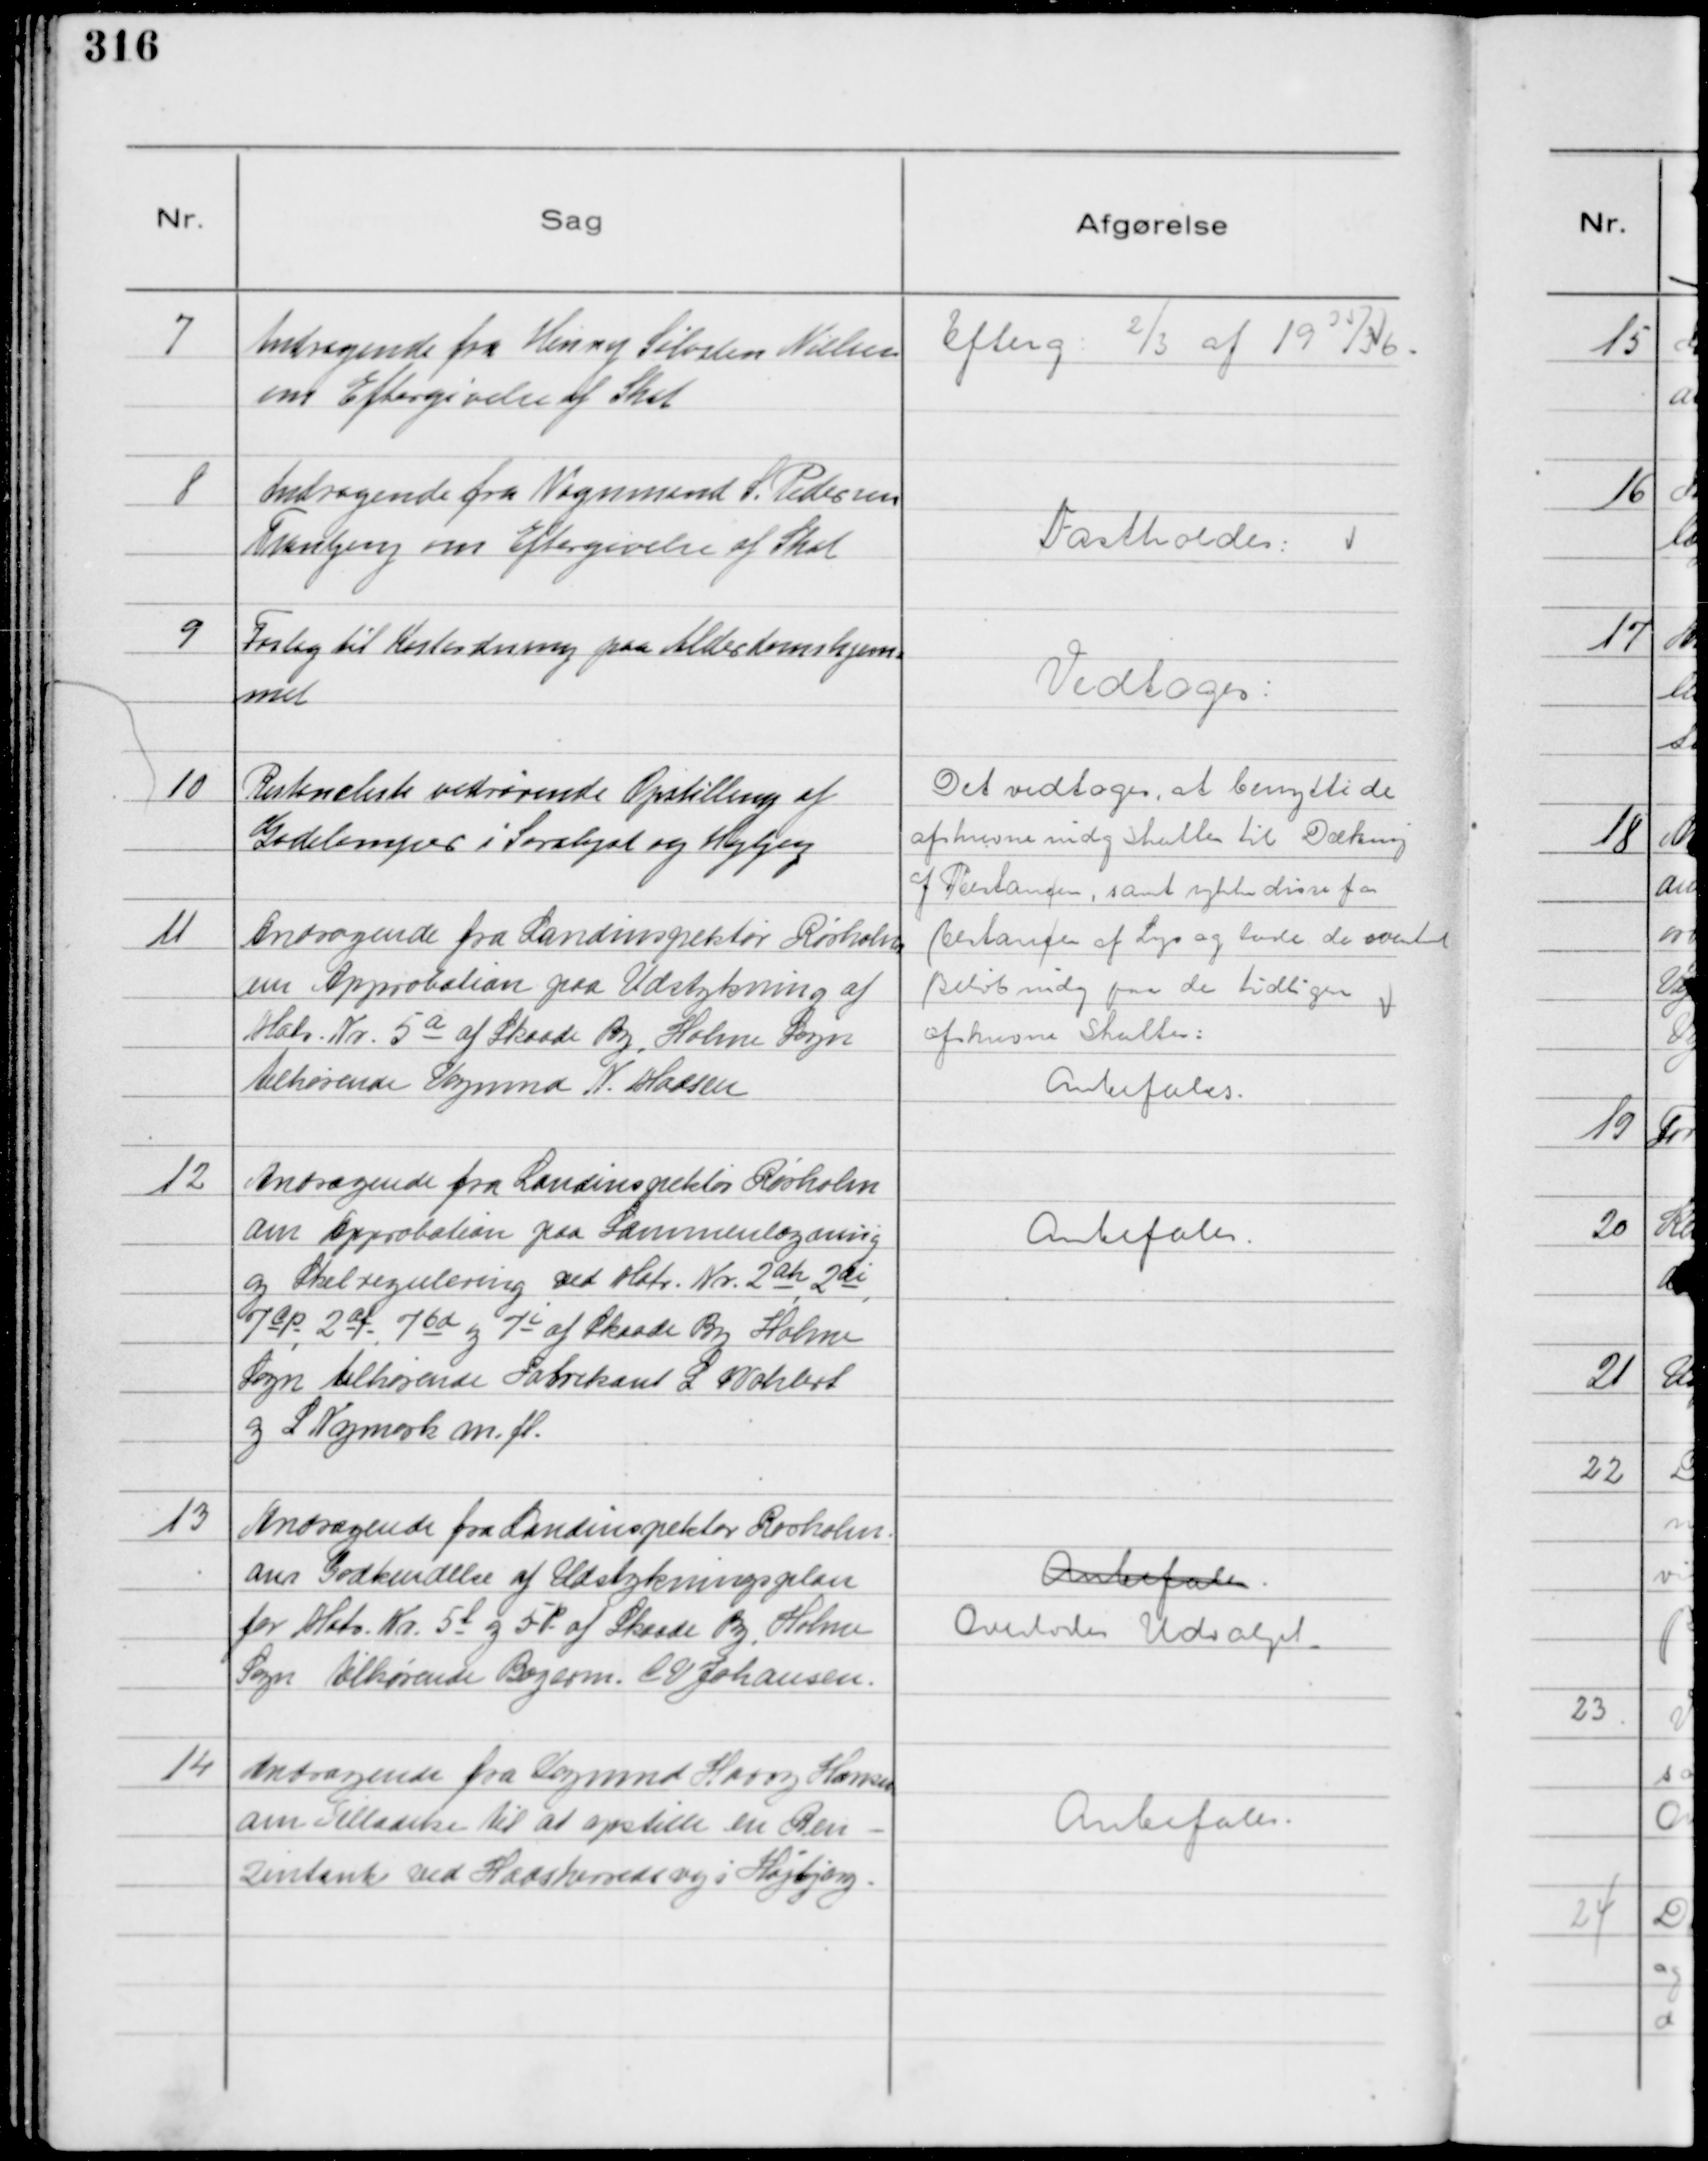
Transskription:
7
Andragende fra Henny Sølvsten Nielsen
om Eftergivelse af Skat

Efterg. ⅔ af 1935/36

8
Andragende fra Vognmand S. Pedersen
Tranbjerg om Eftergivelse af Skat

Fastholdes.

9
Foslag til Kostordning paa Alderdomshjem=
met

Vedtoges:,

10
Resteneliste vedrørende Opstilling af
Gadelamper i Saralyst og Højbjerg

Det vedtoges, at benytte de
afskrevne indg Skatter til Dæknig
af Restancen, samt rykke disse for
Restancen af Lys og lade de oventnd
Beløb indg paa de tidligere
afskrevne Skatter:

11
Andragende fra Landinspektør Rørholm
om Approbation paa Udstykning af
Matr. Nr. 5 a af Skaade By, Holme Sogn
tilhørende Vogmnd N. Madsen

Anbefales.

12
Andragende fra Landinspektør Rørholm
om Approbation paa Sammenlægning
og Skelregulering ved Matr. Nr. 2 ah 2 ai,
7 cp, 2 af, 7 bd og 7 i af Skaade By Holme
Sogn tilhørende Fabrikant L Wahlert
og L Nymark m. fl.

Anbefales.

13
Andragende fra Landinspektør Rørholm.
om Godkendelse af Udstykningsplan
for Matr. Nr. 5 l og 5 P af Skaade By, Holme
Sogn tilhørende Bagerm. C V Johansen

Anbefales.
Overlodes Udvalget.

14
Andragende fra Vogmnd Harry Hansen
om Tilladelse til at opstille en Ben-
zintank ved Hadsherredsvej i Højbjerg.

Anbefales.